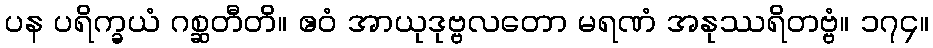
ပန ပရိက္ခယံ ဂစ္ဆတီတိ။ ဧဝံ အာယုဒုဗ္ဗလတော မရဏံ အနုဿရိတဗ္ဗံ။ ၁၇၄။